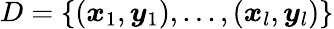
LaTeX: D=\{ (\boldsymbol{x}_{1},\boldsymbol{y}_{1}),...,(\boldsymbol{x}_{l},\boldsymbol{y}_{l})\}